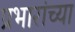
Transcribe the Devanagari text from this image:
प्रभारांच्या